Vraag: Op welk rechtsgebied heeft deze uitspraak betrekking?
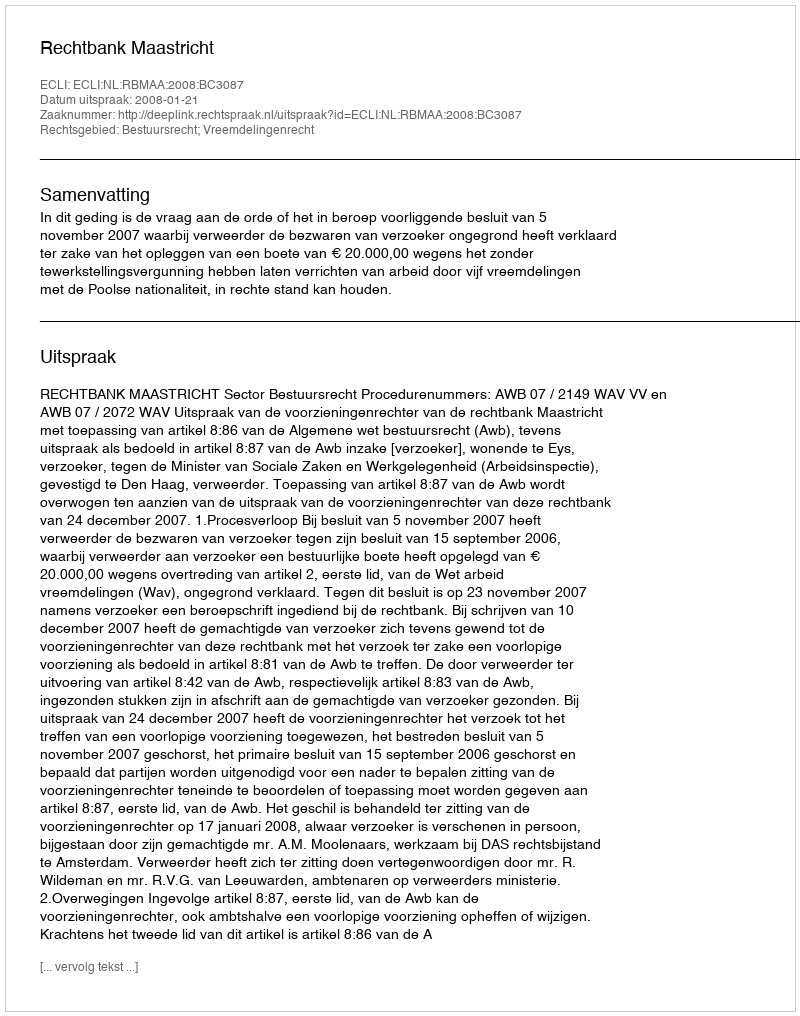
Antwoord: Bestuursrecht; Vreemdelingenrecht